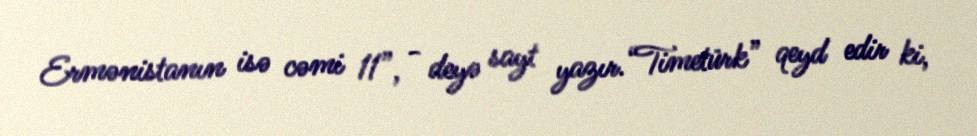
Ermənistanın isə cəmi 11”, - deyə sayt yazır.“Timetürk” qeyd edir ki,